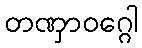
တဏှာဝဂ္ဂေါ